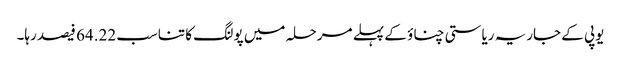
یوپی کے جاریہ ریاستی چناؤ کے پہلے مرحلہ میں پولنگ کا تناسب 64.22 فیصد رہا۔